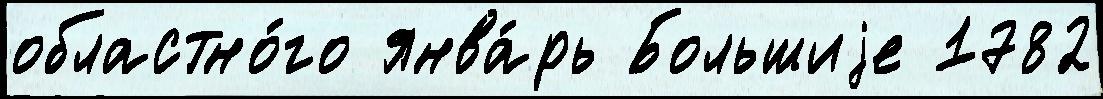
областно́го янва́рь Большиjе 1782